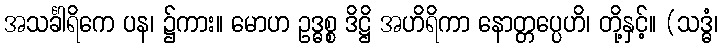
အသင်္ခါရိကေ ပန၊ ၌ကား။ မောဟ ဥဒ္ဓစ္စ ဒိဋ္ဌိ အဟိရိကာ နောတ္တပ္ပေဟိ၊ တို့နှင့်။ (သဒ္ဓံ၊